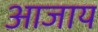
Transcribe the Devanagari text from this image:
आजाय